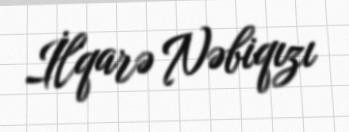
İlqarə Nəbiqızı